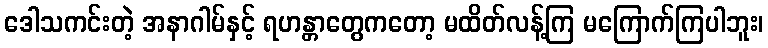
ဒေါသကင်းတဲ့ အနာဂါမ်နှင့် ရဟန္တာတွေကတော့ မထိတ်လန့်ကြ မကြောက်ကြပါဘူး၊